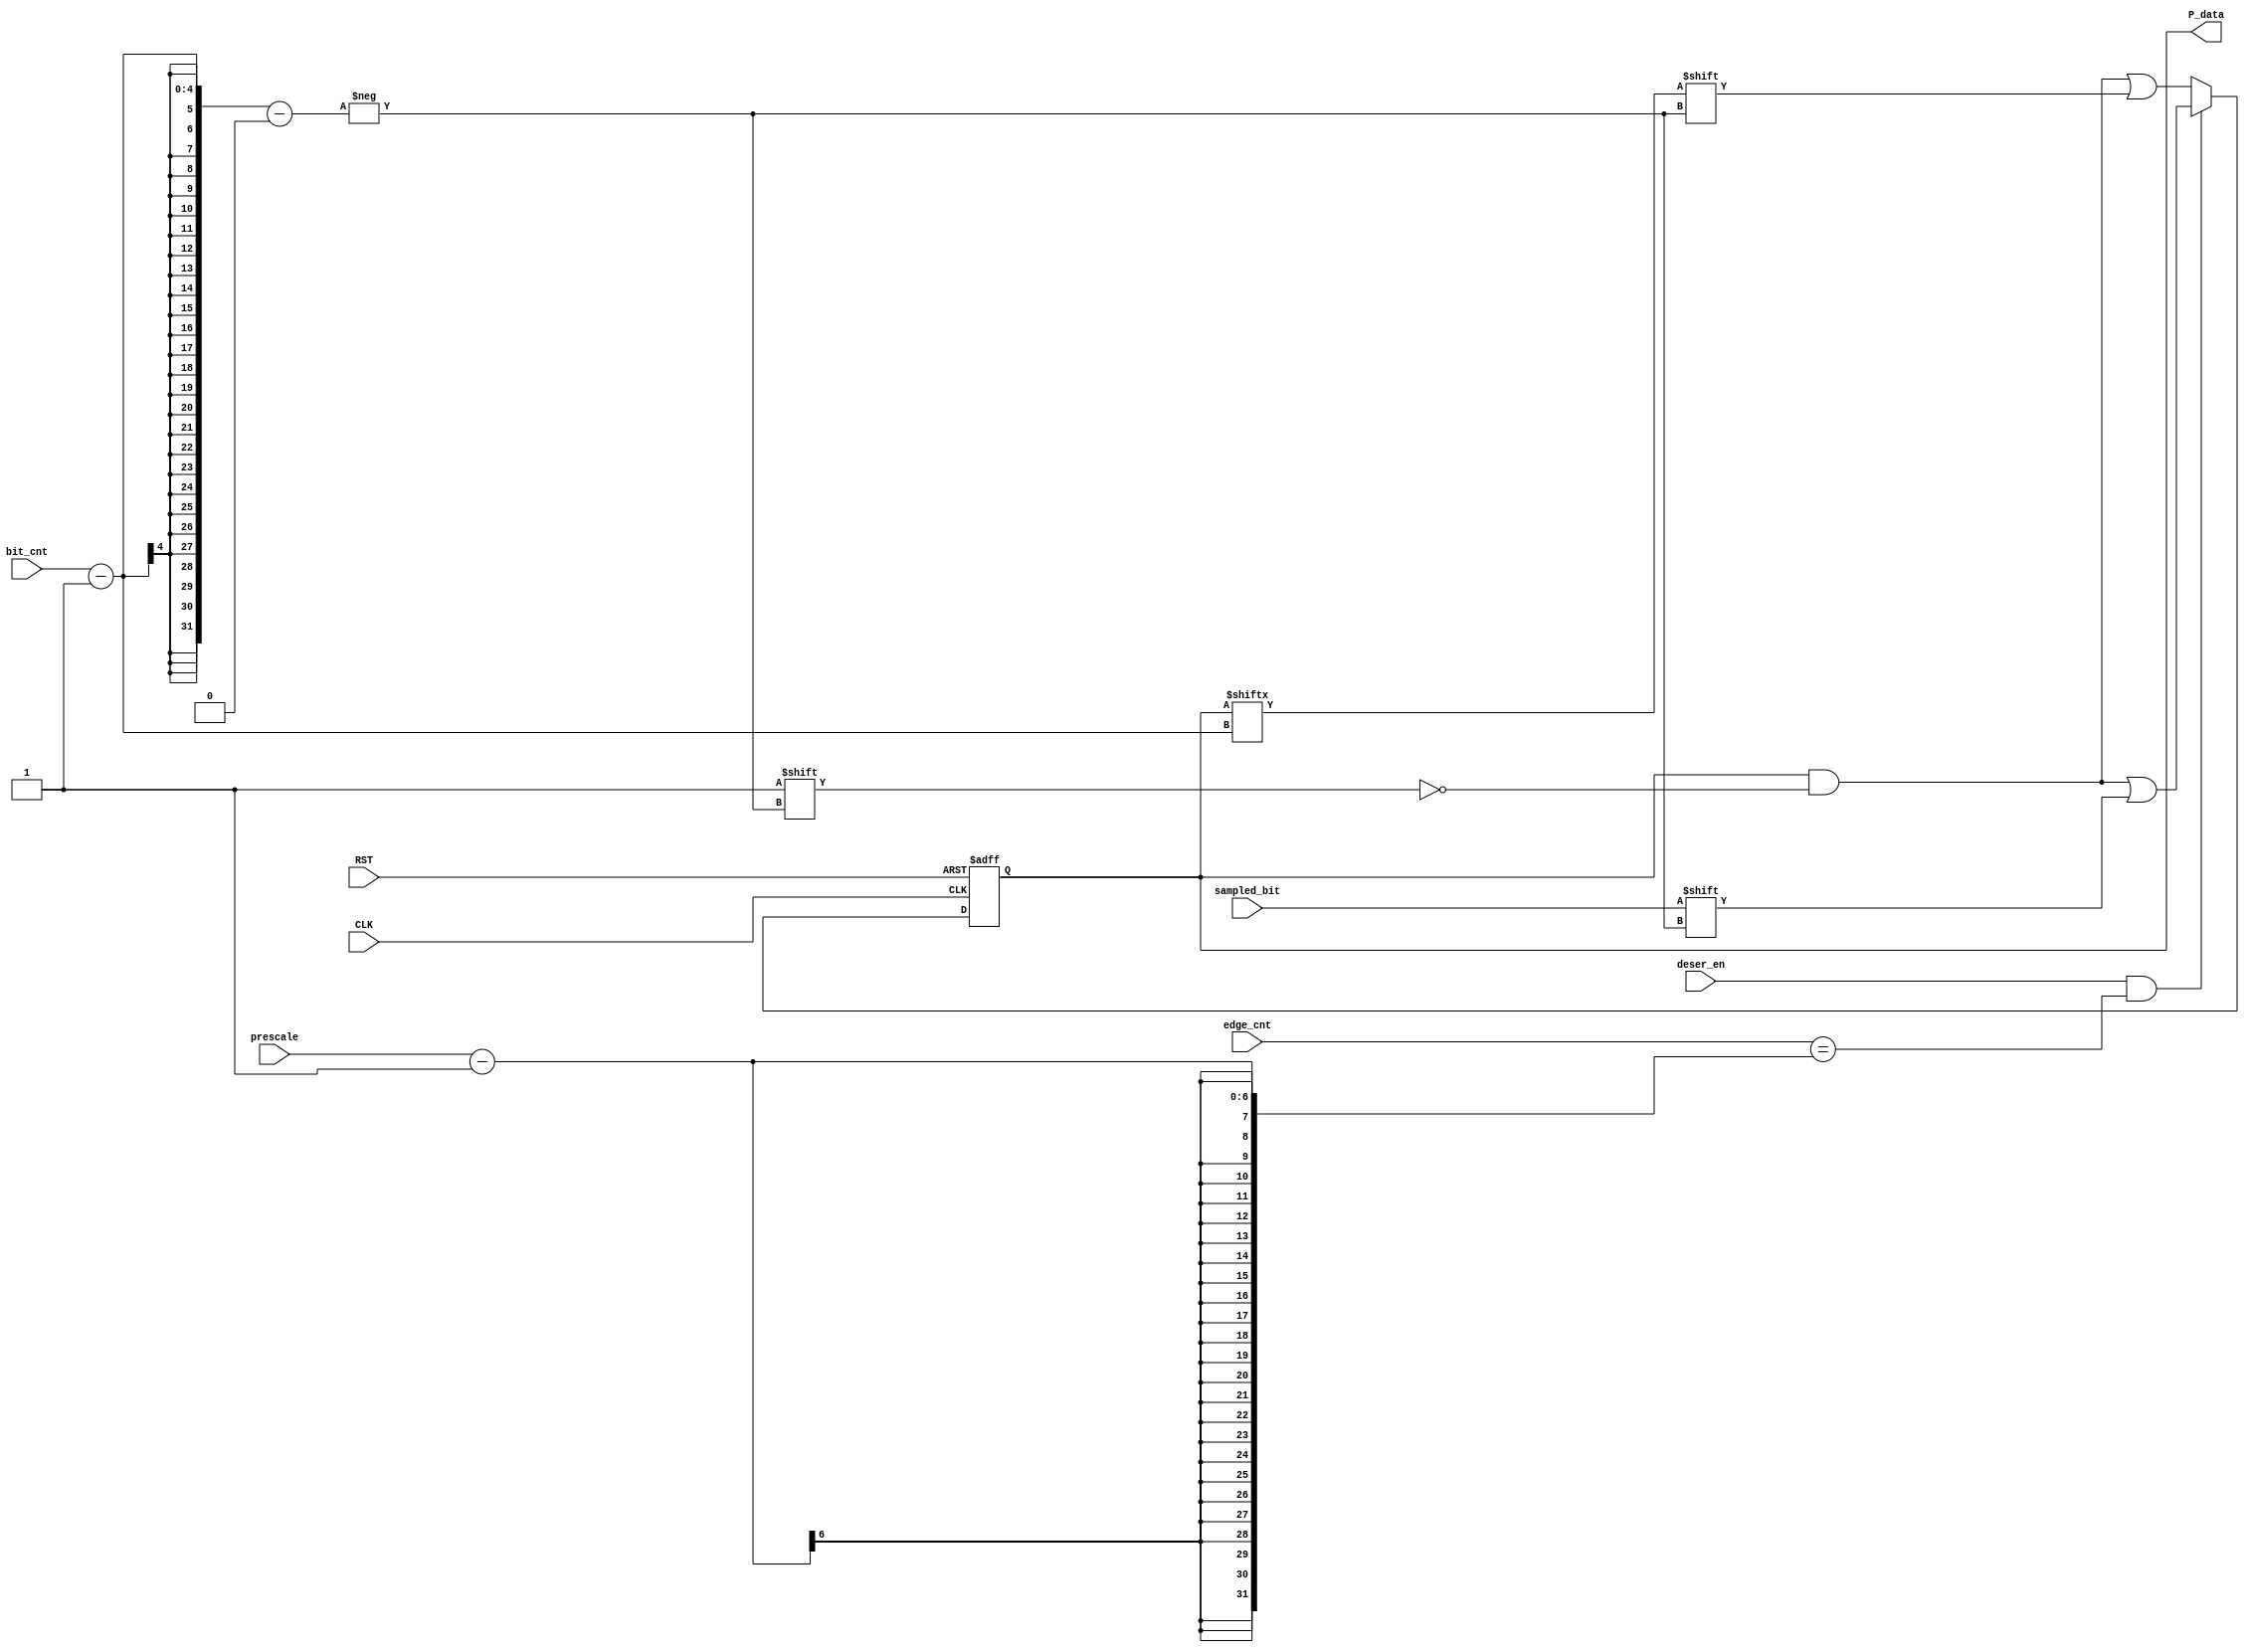
module deserializer #(parameter WIDTH = 8, PRESCALE_WIDTH = 6)(
    input   wire                                sampled_bit,
    input   wire    [3:0]                       bit_cnt,
    input   wire    [4:0]                       edge_cnt,
    input   wire    [PRESCALE_WIDTH - 1 : 0]    prescale,
    input   wire                                CLK,
    input   wire                                RST,
    input   wire                                deser_en,

    output  reg     [WIDTH - 1 : 0]             P_data

);


    always @(posedge CLK, negedge RST) begin
        if(!RST)
            P_data <= 8'b0;
        else    begin
            if(deser_en && edge_cnt == prescale - 1)
                begin
                    P_data[bit_cnt - 1] <= sampled_bit;
                end
            else
                P_data[bit_cnt - 1] <= P_data[bit_cnt - 1];
        end
    end
    
endmodule